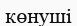
көнуші